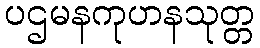
ပဌမနကုဟနသုတ္တ